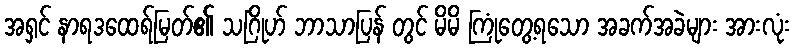
အရှင် နာရဒထေရ်မြတ်၏ သဂြိုဟ် ဘာသာပြန် တွင် မိမိ ကြုံတွေ့ရသော အခက်အခဲများ အားလုံး